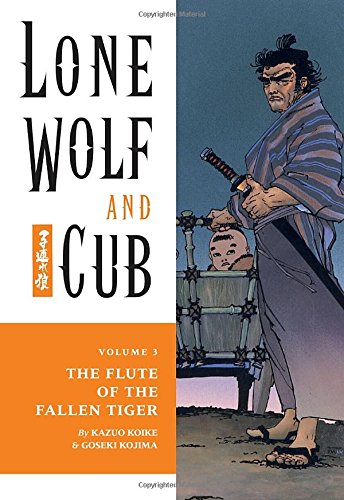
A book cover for Lone Wolf and Cub Omnibus Volume 3; Kazuo Koike; Comics & Graphic Novels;